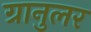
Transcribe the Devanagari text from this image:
ग्रानुलर